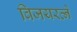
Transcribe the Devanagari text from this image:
विजयरत्ने